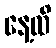
နေ့ထိ